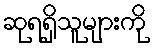
ဆုရရှိသူများကို